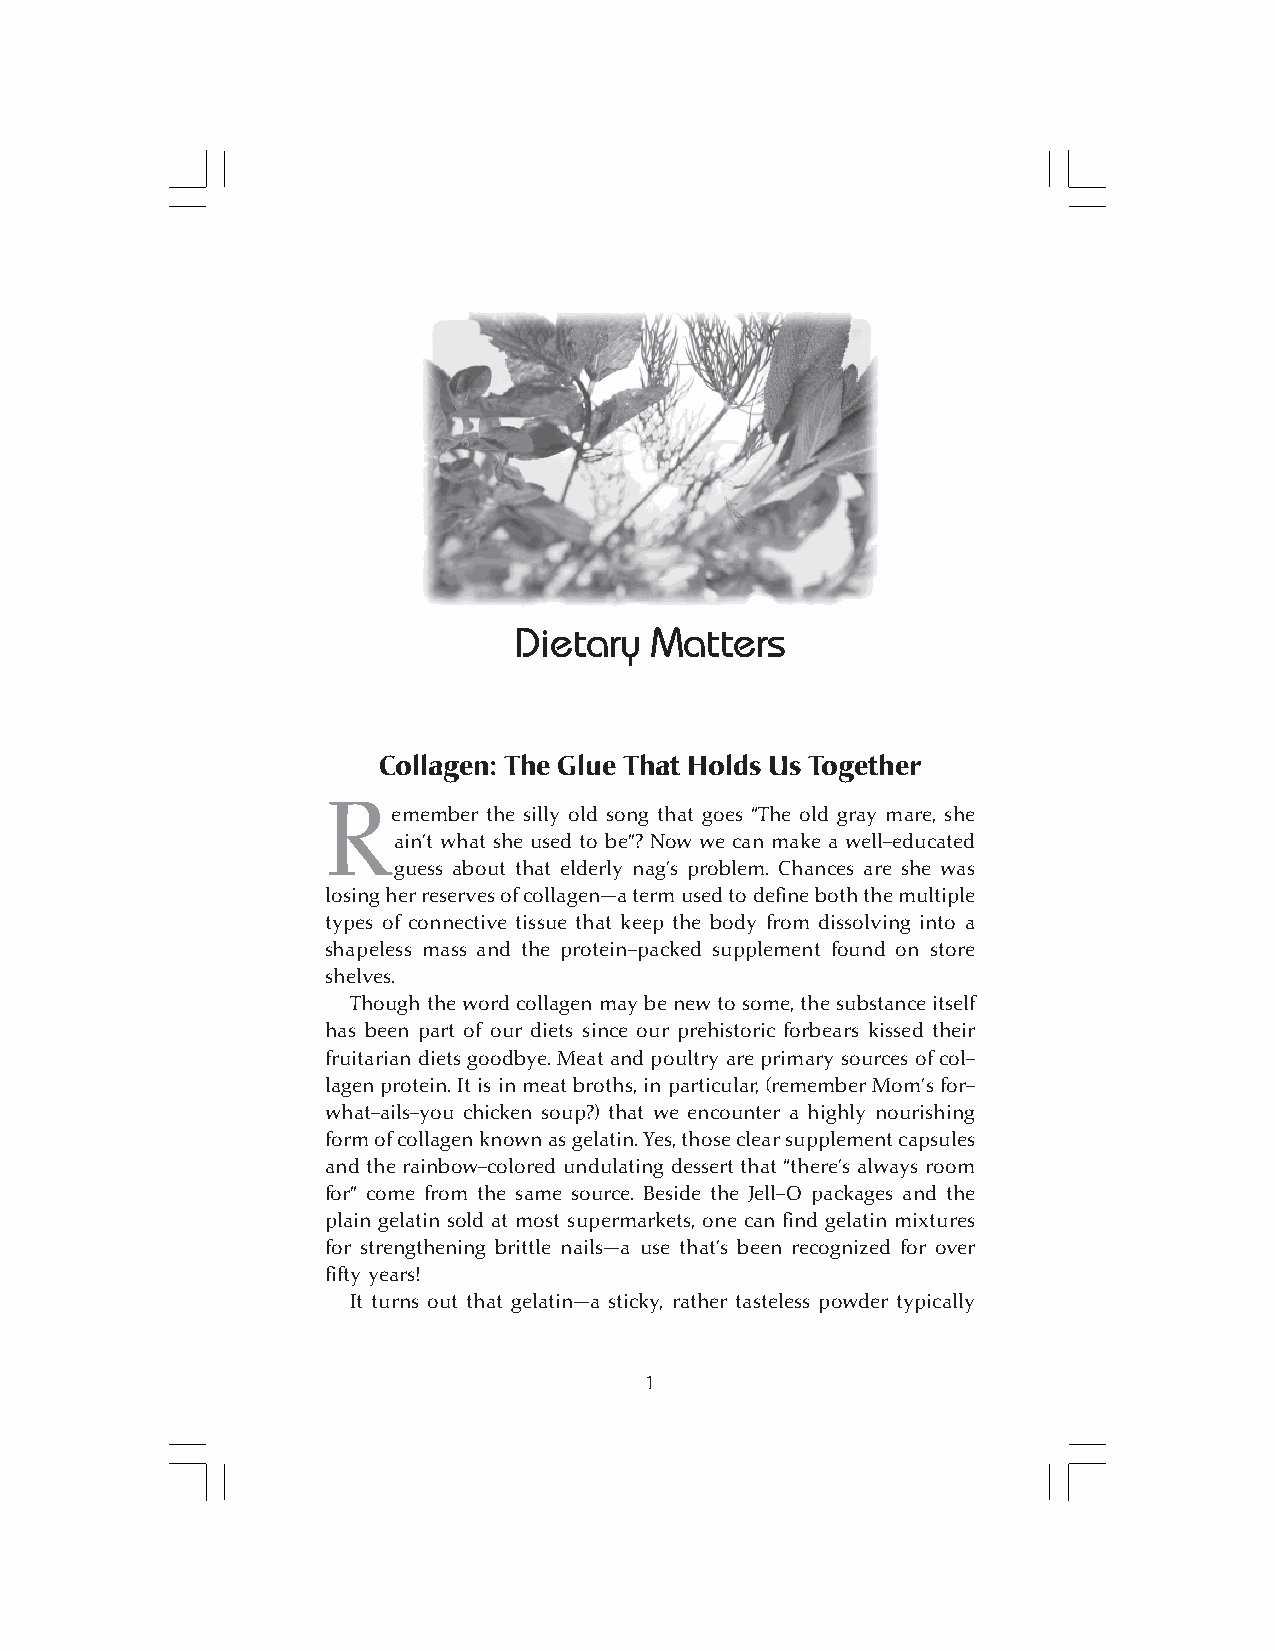
e
 Dietary Matters                         1
 Dietary  Matters
 Collagen: The Glue That Holds Us Together
 Remember  the silly old song that goes “The old gray mare, she
 ain’t what she used to be”? Now we can make a well-educated
 guess about that elderly nag’s problem. Chances are she was
 losing her reserves of collagen—a term used to define both the multiple
 types of connective tissue that keep the body from dissolving into a
 shapeless mass and the protein-packed supplement found on store
 shelves.
 Though the word collagen may be new to some, the substance itself
 has been part of our diets since our prehistoric forbears kissed their
 fruitarian diets goodbye. Meat and poultry are primary sources of col-
 lagen protein. It is in meat broths, in particular, (remember Mom’s for-
 what-ails-you chicken soup?) that we encounter a highly nourishing
 form of collagen known as gelatin. Yes, those clear supplement capsules
 and the rainbow-colored undulating dessert that “there’s always room
 for” come from the same source. Beside the Jell-O packages and the
 plain gelatin sold at most supermarkets, one can find gelatin mixtures
 for strengthening brittle nails—a use that’s been recognized for over
 fifty years!
 It turns out that gelatin—a sticky, rather tasteless powder typically
 1